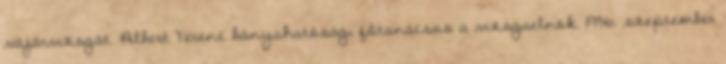
vájárvizsgát. Albert Ferenc bányahatósági főtanácsos a vizsgaelnök. 1936. szeptember